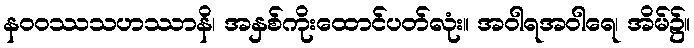
နဝဝဿသဟဿာနိ၊ အနှစ်ကိုးထောင်ပတ်လုံး။ အဝါရအဝါရေ၊ အိမ်၌။